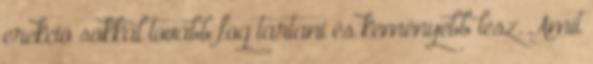
erekció sokkal tovább fog tartani és keményebb lesz. Amit